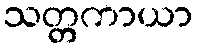
သတ္တကာယာ